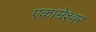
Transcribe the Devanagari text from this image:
एकाम्रेश्वर